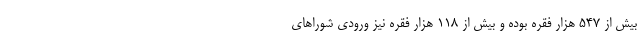
بیش از ۵۴۷ هزار فقره بوده و بیش از ۱۱۸ هزار فقره نیز ورودی شوراهای